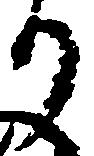
り